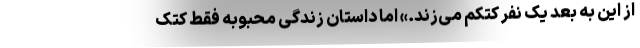
از این به بعد یک نفر کتکم می‌زند.» اما داستان زندگی محبوبه فقط کتک